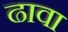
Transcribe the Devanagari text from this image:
ढावा